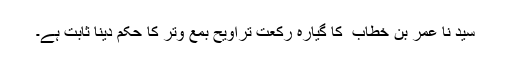
سید نا عمر بن خطاب ؓ کا گیارہ رکعت تراویح بمع وتر کا حکم دینا ثابت ہے۔